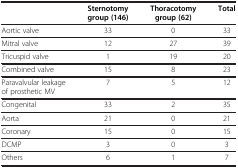
<table><thead><tr><td><b> </b></td><td><b>Sternotomy group (146)</b></td><td><b>Thoracotomy group (62)</b></td><td><b>Total</b></td></tr></thead><tbody><tr><td>Aortic valve</td><td>33</td><td>0</td><td>33</td></tr><tr><td>Mitral valve</td><td>12</td><td>27</td><td>39</td></tr><tr><td>Tricuspid valve</td><td>1</td><td>19</td><td>20</td></tr><tr><td>Combined valve</td><td>15</td><td>8</td><td>23</td></tr><tr><td>Paravalvular leakage of prosthetic MV</td><td>7</td><td>5</td><td>12</td></tr><tr><td>Congenital</td><td>33</td><td>2</td><td>35</td></tr><tr><td>Aorta</td><td>21</td><td>0</td><td>21</td></tr><tr><td>Coronary</td><td>15</td><td>0</td><td>15</td></tr><tr><td>DCMP</td><td>3</td><td>0</td><td>3</td></tr><tr><td>Others</td><td>6</td><td>1</td><td>7</td></tr></tbody></table>